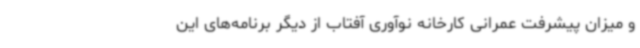
و میزان پیشرفت عمرانی کارخانه نوآوری آفتاب از دیگر برنامه‌های این